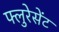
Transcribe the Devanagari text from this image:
फ्लुरेसेंट